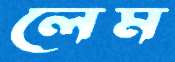
লেম